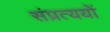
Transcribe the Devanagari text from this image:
संप्रत्ययों